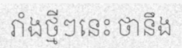
រាំងថ្មីៗនេះ ថានឹង